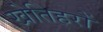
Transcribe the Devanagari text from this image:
खेतिहरों